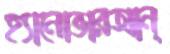
হ্যানোভারআন্